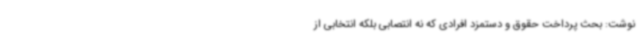
نوشت: بحث پرداخت حقوق و دستمزد افرادی که نه انتصابی بلکه انتخابی از